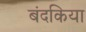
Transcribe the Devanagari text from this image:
बंदकिया